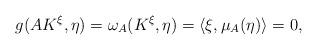
LaTeX: \begin{align*} g(AK^{\xi}, \eta) = \omega_A(K^{\xi}, \eta) = \left<\xi,\mu_A(\eta)\right> = 0, \end{align*}